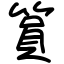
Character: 篔